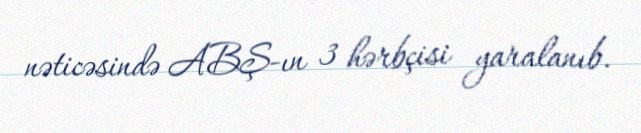
nəticəsində ABŞ-ın 3 hərbçisi yaralanıb.